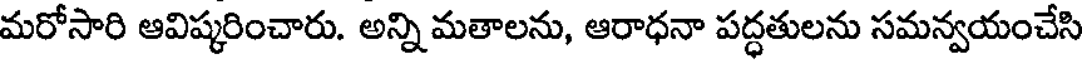
మరోసారి ఆవిష్కరించారు. అన్ని మతాలను, ఆరాధనా పద్ధతులను సమన్వయంచేసి